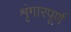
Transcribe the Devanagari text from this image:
शृंगारपूर्ण